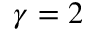
\gamma = 2